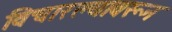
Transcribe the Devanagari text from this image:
विचारल्यावरून